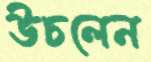
উচলেন